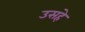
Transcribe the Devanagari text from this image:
उसहे